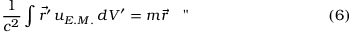
\frac { 1 } { c ^ { 2 } } \int { { \vec { r ^ { \prime } } } } \, { u _ { E . M . } } \, d { V ^ { \prime } } = m { \vec { r } } \quad " \eqno ( 6 )